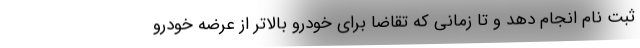
ثبت نام انجام دهد و تا زمانی که تقاضا برای خودرو بالاتر از عرضه خودرو